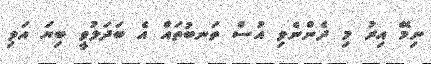
ނިމޭ އިރު މި ދެންނެވި އުސް ތަނބުތައް އެ ބަދަލުވީ ބިޔަ އަވި